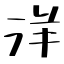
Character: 洋